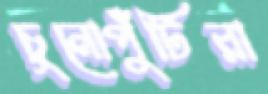
চুনোপুঁটিরা